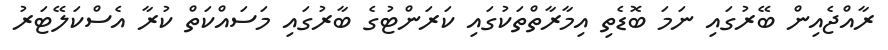
ރާއްޖެއިން ބޭރުގައި ނަމަ ބޮޑެތި އިމާރާތްތަކުގައި ކަރަންޓުގެ ބާރުގައި މަސައްކަތް ކުރާ އެސްކަލޭޓަރު